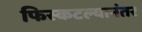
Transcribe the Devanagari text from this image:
फिस्कटल्यानंतर